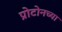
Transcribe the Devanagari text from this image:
प्रोटोनच्या